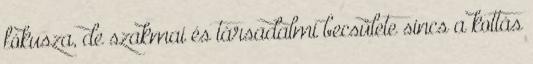
fókusza, de szakmai és társadalmi becsülete sincs a kottás